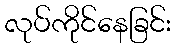
လုပ်ကိုင်နေခြင်း